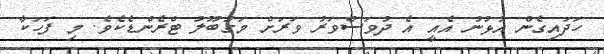
ހަދައިގެން އުޅުނު އެއީ އެ ދުވަސްވަރު ވަރަށް މަގުބޫލު ޓްރެންޑެކެވެ. މި ފަހަކާ